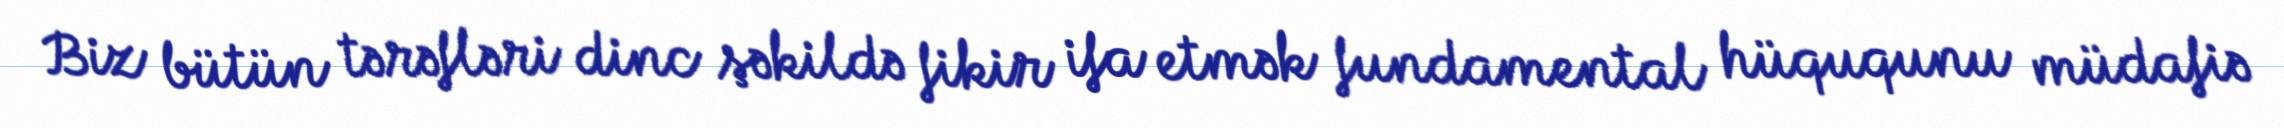
Biz bütün tərəfləri dinc şəkildə fikir ifa etmək fundamental hüququnu müdafiə